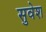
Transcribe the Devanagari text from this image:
सुवेश